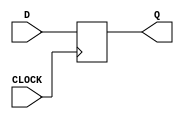
`ifndef REGISTER_INCLUDED
`define REGISTER_INCLUDED
module Register(
	CLOCK,
	D,
	Q
);
input CLOCK;
input [31:0] D;
output [31:0] Q;

wire CLOCK;
wire [31:0] D;
reg [31:0] Q;

always @ (negedge CLOCK)
begin
	Q <= D;
end
endmodule
`endif